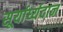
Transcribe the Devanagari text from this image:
सूर्यार्घ्यदान